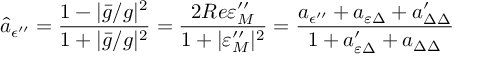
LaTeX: \hat { a } _ { \epsilon ^ { \prime \prime } } = \frac { 1 - | \bar { g } / g | ^ { 2 } } { 1 + | \bar { g } / g | ^ { 2 } } = \frac { 2 R e \varepsilon _ { M } ^ { \prime \prime } } { 1 + | \varepsilon _ { M } ^ { \prime \prime } | ^ { 2 } } = \frac { a _ { \epsilon ^ { \prime \prime } } + a _ { \varepsilon \Delta } + a _ { \Delta \Delta } ^ { \prime } } { 1 + a _ { \varepsilon \Delta } ^ { \prime } + a _ { \Delta \Delta } }